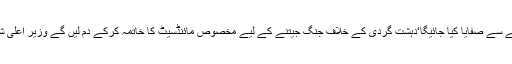
کالعدم تنظیموں کے خلاف کاروائی جاری رکھی جائے گی‘ہر ممکن کوشش سے دہشتگردوں کا خطے سے صفایا کیا جائیگا‘دہشت گردی کے خلاف جنگ جیتنے کے لیے مخصوص مائنڈسیٹ کا خاتمہ کرکے دم لیں گے وزیر اعلیٰ شہباز شریف کا امن عامہ کی صورتحال کا جائزہ لینے کیلئے منعقدہ اعلیٰ سطحی اجلاس سے خطاب ۔